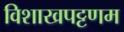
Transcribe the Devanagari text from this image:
विशाखपट्टणम